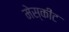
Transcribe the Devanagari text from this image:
मेस्कीट